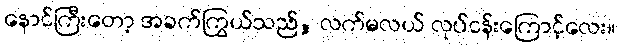
နောင်ကြီးတော့ အခက်ကြွယ်သည်, လက်မလယ် လုပ်ငန်းကြောင့်လေး။